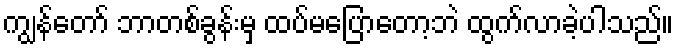
ကျွန်တော် ဘာတစ်ခွန်းမှ ထပ်မပြောတော့ဘဲ ထွက်လာခဲ့ပါသည်။